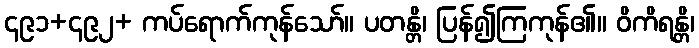
၄၉၁+၄၉၂+ ကပ်ရောက်ကုန်သော်။ ပတန္တိ၊ ပြန်၍ကြကုန်၏။ ဝိကိရန္တိ၊